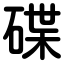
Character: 碟